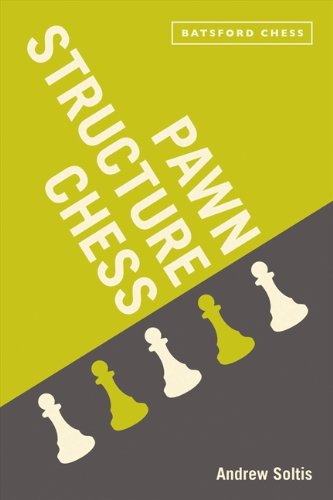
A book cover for Pawn Structure Chess; Andrew Soltis; Humor & Entertainment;